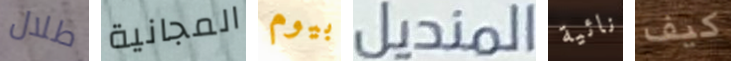
طلال المجانية بيوم المنديل نائية كيف